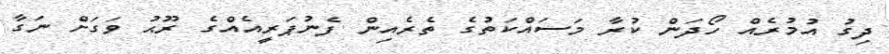
ދިގު އުމުރެއް ހޯދަން ކުރާ މަސައްކަތުގެ ތެރެއިން ފެނުޕަރީއެއްގެ ރޫޙު ވަގަށް ނަގާ